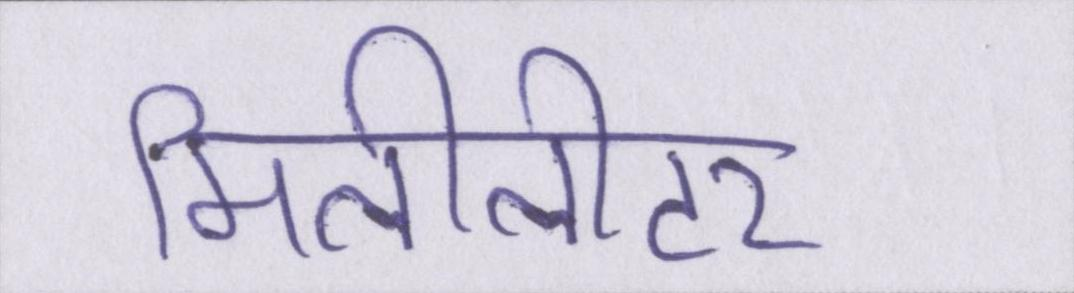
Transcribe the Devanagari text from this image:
मिलीलीटर